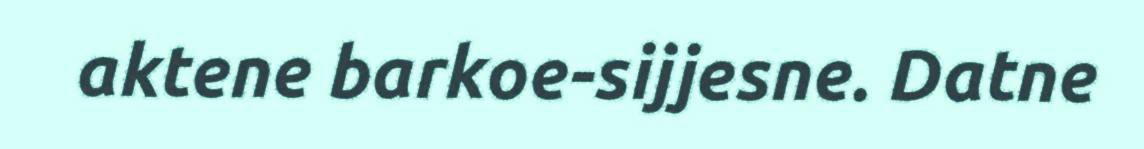
aktene barkoe-sijjesne. Datne